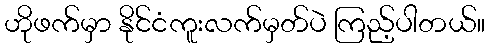
ဟိုဖက်မှာ နိုင်ငံကူးလက်မှတ်ပဲ ကြည့်ပါတယ်။